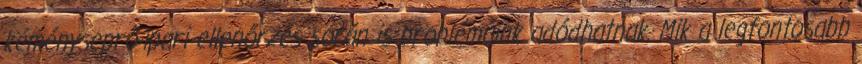
kéményseprő-ipari ellenőrzés során is problémáink adódhatnak. Mik a legfontosabb